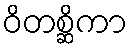
ဝိတစ္ဆိကာ